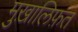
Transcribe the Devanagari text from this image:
मुख़ालिफ़त